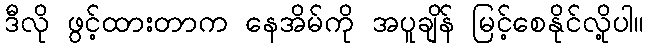
ဒီလို ဖွင့်ထားတာက နေအိမ်ကို အပူချိန် မြင့်စေနိုင်လို့ပါ။